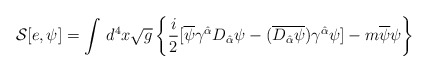
\begin{align*}{\cal S}[e,\psi]=\int\, d^{4}x\sqrt{g}\left\{\frac{i}{2}[\overline{\psi}\gamma^{\hat\alpha}D_{\hat\alpha}\psi-(\overline{D_{\hat\alpha}\psi})\gamma^{\hat\alpha}\psi] - m\overline{\psi}\psi\right\}\end{align*}